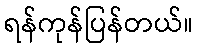
ရန်ကုန်ပြန်တယ်။